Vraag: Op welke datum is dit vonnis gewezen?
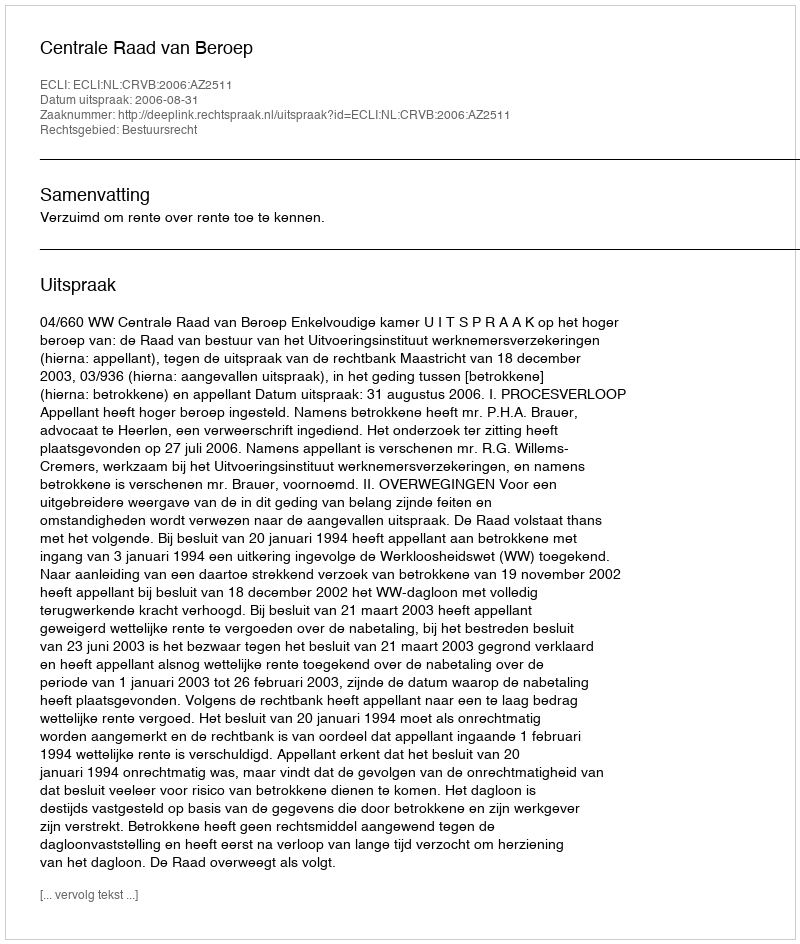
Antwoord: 2006-08-31